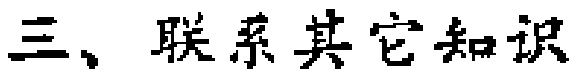
三、联系其它知识